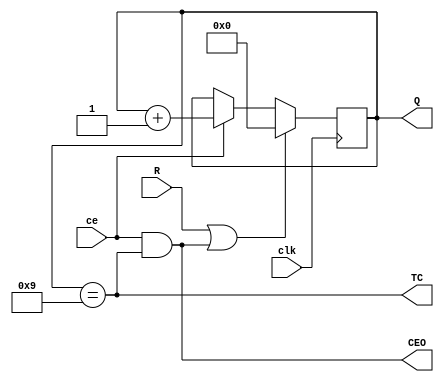
`timescale 1ns / 1ps
//////////////////////////////////////////////////////////////////////////////////
// Company: 
// Engineer: 
// 
// Design Name: 
// Module Name:    VCD4RE 
// Project Name: 
// Target Devices: 
// Tool versions: 
// Description: 
//
// Dependencies: 
//
// Revision: 
// Revision 0.01 - File Created
// Additional Comments: 
//
//////////////////////////////////////////////////////////////////////////////////

module VCD4RE (input clk, output wire TC,
              input ce, output wire CEO,
              input R, output reg [3:0] Q=0);
assign TC = (Q == 9);
assign CEO = ce & TC;
always @ (posedge clk) begin
Q <= (R | CEO) ? 0 : ce ? Q + 1 : Q;
end
endmodule